Annual statistical returns and brief notes on vaccination in Bengal - 1909-1929
Year: 1909
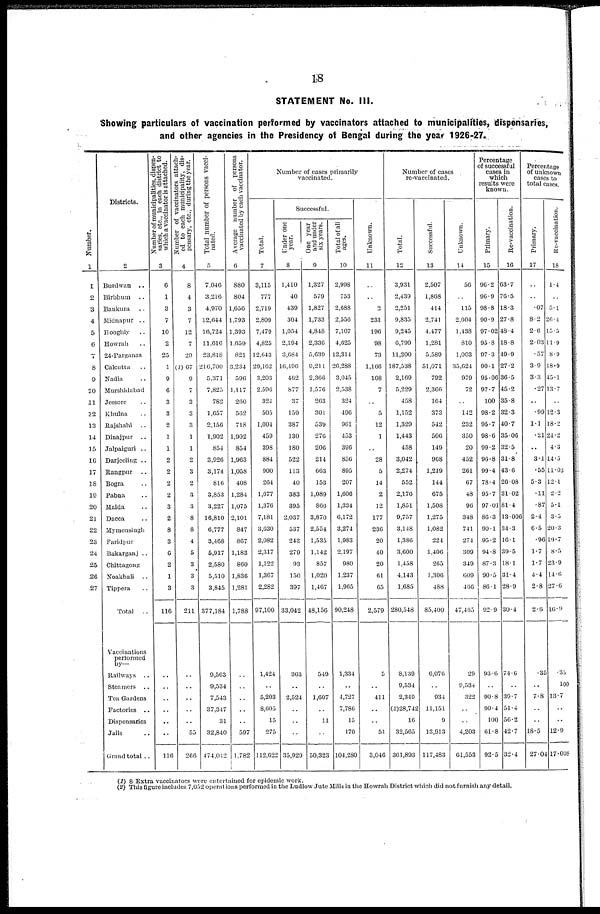
18
STATEMENT No. III.
Showing particulars of vaccination performed by vaccinators attached to municipalities, dispensaries,
and other agencies in the Presidency of Bengal during the year 1926-27.
Number.
1
1
2
3
4
5
6
7
8
9
10
11
12
13
14
15
16
17
18
19
20
21
22
23
24
25
26
.27
Districts.
2
Burdwan ..
Birbhum ..
Bankura ..
Midnapur ..
Hooghly ..
Howrah ..
24-Parganas
Calcutta ..
Nadia ..
Murshidabad
Jessore ..
Khulna ..
Rajshahi ..
Dinajpur ..
Jalpaiguri ..
Darjeeling ..
Rangpur ..
Bogra ..
Pabna ..
Malda ..
Dacca ..
Mymensingh
Faridpur
Bakarganj ..
Chittagong
Noakhali ..
Tippera ..
Total ..
Vaccinations
performed
by—
Railways ..
Steamers ..
Tea Gardens
Factories ..
Dispensaries
Jails ..
Grand total ..
Number of municipalities, dispen-
saries, etc., in each district to
which a vaccinator is attached.
3
6
1
3
7
10
2
25
1
9
6
3
3
2
1
1
2
2
2
2
3
2
8
3
6
2
1
3
116
..
..
..
..
..
..
116
Number of vaccinators attach-
ed to each municipality, dis-
pensary, etc., during the year.
4
8
4
3
7
12
7
29
(1)67
9
7
3
3
3
1
1
2
3
2
3
3
8
8
4
5
3
3
3
211
..
..
..
..
..
55
266
Total number of persons vacci-
nated.
5
7,046
3,216
4,970
12,044
16,724
11,610
23,818
216,700
5,371
7,825
782
1,657
2,156
1,902
854
3,926
3,174
816
3,853
3,227
16,810
6,777
3,408
5,917
2,580
5,510
3,845
377,184
9,503
9,534
7,543
37,347
31
32,840
474,042
Average number of persons
vaccinated by each vaccinator.
6
880
804
1,656
1,793
1,393
1,659
821
3,234
596
1,117
260
562
718
1,902
854
1,963
1,058
408
1,284
1,075
2,101
847
867
1,183
860
1,836
1,281
1,788
..
..
..
..
..
597
1,782
Number of cases primarily
vaccinated.
Total.
7
3,115
777
2,719
2,809
7,479
4,825
12,043
29,162
3,203
2,596
324
505
1,004
459
398
884
900
204
1,077
1,376
7,181
3,630
2,082
2,317
1,122
1,367
2,282
97,100
1,424
..
5,203
8,605
15
275
112,622
Successful.
Under one
year.
8
1,410
40
439
304
1,054
2,194
3,084
16,496
462
877
37
159
387
130
180
522
113
40
383
395
2,037
537
248
279
93
150
397
33,042
363
..
2,524
..
..
..
35,929
One year
and under
six years.
9
1,327
579
1,827
1,733
4,848
2,336
5,639
9,211
2,366
1,576
263
301
539
276
206
214
663
153
1,089
866
3,870
2,554
1,535
1,142
857
1,020
1,407
48,156
549
..
1,607
..
11
..
50,323
Total of all
ages.
10
2,998
753
2,088
2,556
7,107
4,625
12,314
20,288
3,045
2,538
324
496
961
453
396
856
895
207
1,606
1,334
6,172
3,274
1,983
2,197
980
1,237
1,965
90,248
1,334
..
4,727
7,786
15
170
104,280
Unknown.
11
..
..
2
231
196
98
73
1,166
108
7
..
5
12
1
..
28
5
14
2
12
177
236
20
40
20
61
65
2,579
5
..
411
..
..
51
3,046
Number of cases
re-vaccinated.
Total.
12
3,931
2,439
2,251
9,835
9,245
6,799
11,200
187,538
2,169
5,229
458
1,152
1,329
1,443
458
3,042
2,274
552
2,176
1,851
9,757
3,148
1,386
3,600
1,458
4,143
1,685
280,548
8,139
9,534
2,349
(2)28,742
16
32,565
361,893
Successful.
13
2,507
1,868
414
2,741
4,477
1,281
5,589
51,071
792
2,366
164
373
542
506
149
968
1,219
144
675
1,508
1,275
1,082
224
1,406
265
1,306
488
85,400
6,076
..
934
11,151
9
13,913
117,483
Unknown.
14
56
..
115
2,604
1,438
810
1,003
35,624
979
72
..
142
232
350
20
452
261
67
48
90
348
741
274
309
349
609
466
47,405
29
9,534
322
..
..
4,203
61,553
Percentage
of successful
cases in
which
results were
known.
Primary.
15
96.2
96.9
98.8
90.9
97.02
95.8
97.3
90.1
95.00
97.7
100
98.2
95.7
98.0
99.2
96.8
99.4
78.4
95.7
97.01
86.3
90.1
95.2
94.8
87.3
90.5
86.1
92.9
93.6
..
90.8
90.4
100
61.8
92.5
Re-vaccination.
16
63.7
76.5
18.3
27.8
48.4
18.8
49.9
27.2
36.5
45.2
35.8
32.3
40.7
35.06
32.5
31.8
43.6
26.08
31.02
81.4
13.006
34.3
16.1
39.5
18.1
31.4
28.9
30.4
74.6
..
39.7
51.4
56.2
42.7
32.4
Percentage
of unknown
cases to
total cases.
Primary.
17
..
..
.07
8.2
2.6
2.03
.57
3.9
3.3
.27
..
.99
1.1
.21
..
31
.55
5.3
.11
.87
2.4
6.5
.96
1.7
1.7
4.4
2.8
2.6
.35
..
7.8
..
..
18.5
27.04
Re-vaccination.
18
1.4
..
5.1
26.4
15.5
11.9
8.9
18.9
45.1
13.7
..
12.3
18.2
24.2
4.3
14.5
11.03
12.1
2.2
5.1
3.5
20.3
19.7
8.5
23.9
14.6
27.6
16.9
.35
100
13.7
..
..
12.9
17.008
(1) 8 Extra vaccinators were entertained for epidemic work.
(2) This figure includes 7,052 operations performed in the Ludlow Jute Mills in the Howrah District which did not furnish any detail.